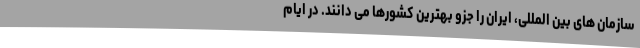
سازمان های بین المللی، ایران را جزو بهترین کشورها می دانند. در ایام